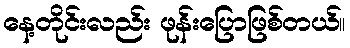
နေ့တိုင်းလည်း ဖုန်းပြောဖြစ်တယ်။